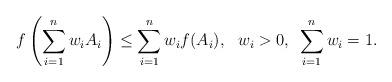
LaTeX: \begin{align*}f\left(\sum_{i=1}^{n}w_iA_i\right)\leq \sum_{i=1}^{n}w_if(A_i),\,\,\,\,w_i>0,\,\,\, \sum_{i=1}^{n}w_i=1.\end{align*}